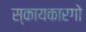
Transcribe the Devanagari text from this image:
स्कायकारगो